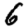
Digit: 6